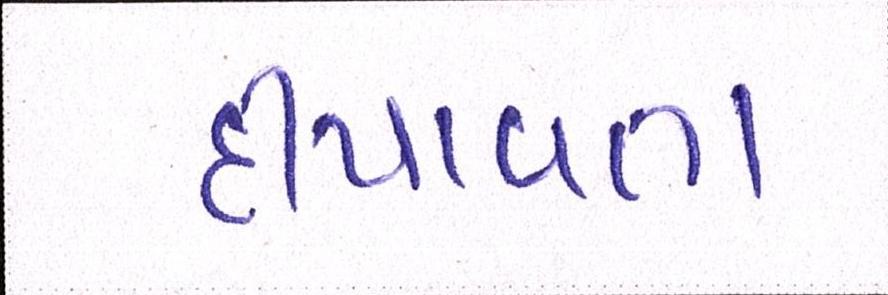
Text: દીપાવતા